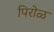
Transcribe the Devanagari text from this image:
पिरोळ